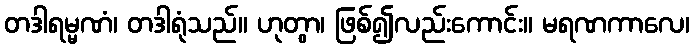
တဒါရမ္မဏံ၊ တဒါရုံသည်။ ဟုတွာ၊ ဖြစ်၍လည်းကောင်း။ မရဏကာလေ၊